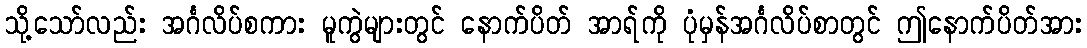
သို့သော်လည်း အင်္ဂလိပ်စကား မူကွဲများတွင် နောက်ပိတ် အာရ်ကို ပုံမှန်အင်္ဂလိပ်စာတွင် ဤနောက်ပိတ်အား